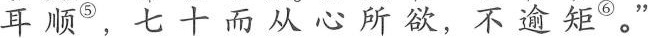
耳顺^{⑤}，七十而从心所欲，不逾矩^{⑥}。